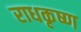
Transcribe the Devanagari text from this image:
राधकृष्ण